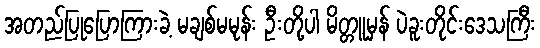
အတည်ပြုပြောကြားခဲ့ မချစ်မမုန်း ဦးတို့ပါ မိတ္တူမှန် ပဲခူးတိုင်းဒေသကြီး